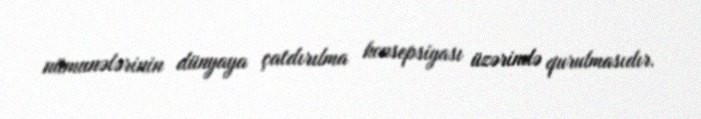
nümunələrinin dünyaya çatdırılma konsepsiyası üzərində qurulmasıdır.